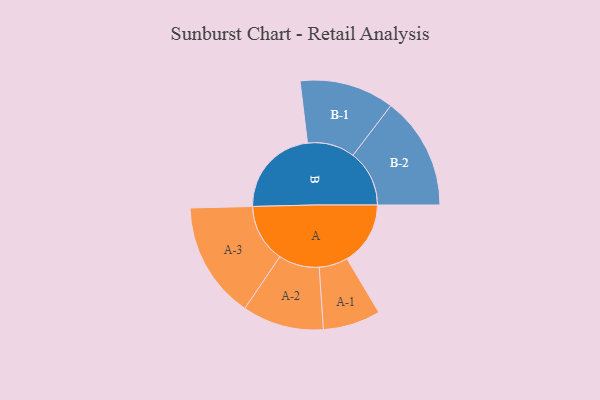
{"axis": {"x": "Segment", "y": "Value"}, "legend": ["", "A", "B"], "data": [{"x": "A", "y": 324, "type": ""}, {"x": "B", "y": 462, "type": ""}, {"x": "A-1", "y": 147, "type": "A"}, {"x": "A-2", "y": 208, "type": "A"}, {"x": "A-3", "y": 298, "type": "A"}, {"x": "B-1", "y": 242, "type": "B"}, {"x": "B-2", "y": 288, "type": "B"}]}